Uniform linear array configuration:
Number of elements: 64
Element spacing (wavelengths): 0.25
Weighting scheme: exponential
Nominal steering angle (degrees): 60
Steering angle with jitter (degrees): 60.172
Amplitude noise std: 0.05
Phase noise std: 0.05

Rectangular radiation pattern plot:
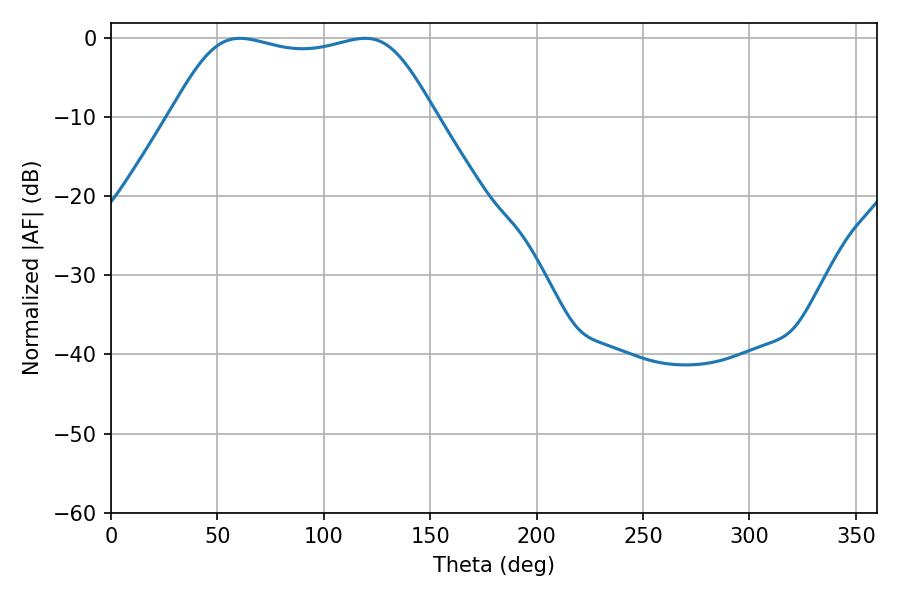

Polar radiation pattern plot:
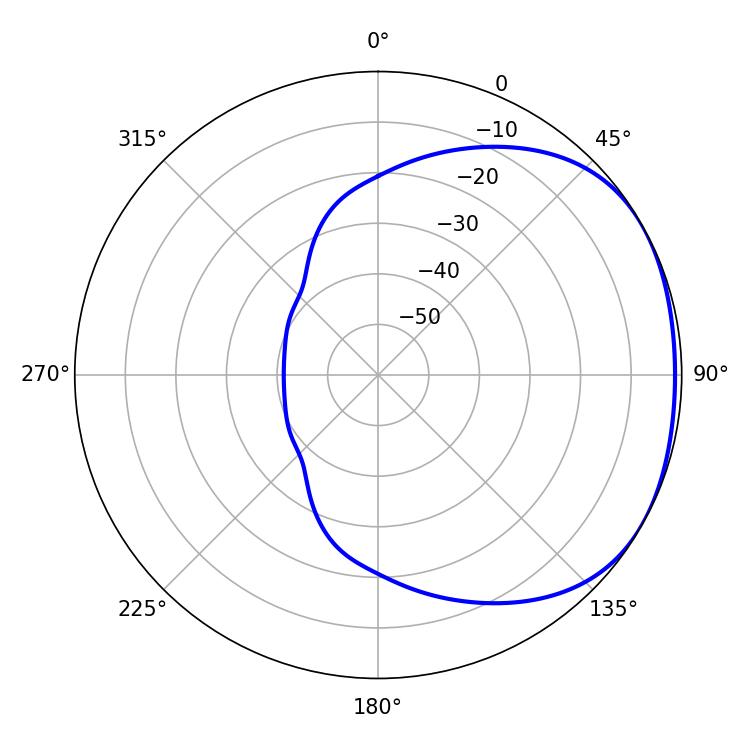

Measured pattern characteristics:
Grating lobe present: FALSE
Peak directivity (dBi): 1.722
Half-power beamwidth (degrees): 95.4
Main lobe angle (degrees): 60.66